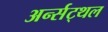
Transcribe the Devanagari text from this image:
अर्न्सट्थल